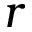
r